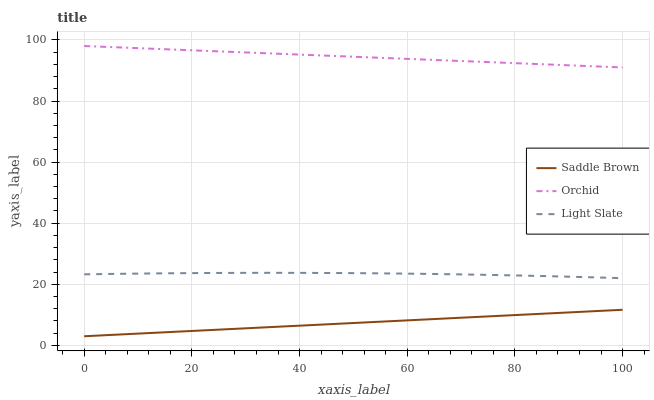
| xaxis_label | Saddle Brown | Orchid | Light Slate |
 | --- | --- | --- | --- |
 | 0 | 3 | 98 | 23.3 |
 | 5.88 | 3.51 | 97.6 | 23.4 |
 | 11.8 | 4.02 | 97.2 | 23.5 |
 | 17.6 | 4.53 | 96.8 | 23.6 |
 | 23.5 | 5.04 | 96.3 | 23.7 |
 | 29.4 | 5.55 | 95.9 | 23.7 |
 | 35.3 | 6.06 | 95.5 | 23.8 |
 | 41.2 | 6.57 | 95.1 | 23.7 |
 | 47.1 | 7.08 | 94.7 | 23.7 |
 | 52.9 | 7.59 | 94.3 | 23.6 |
 | 58.8 | 8.1 | 93.9 | 23.5 |
 | 64.7 | 8.61 | 93.5 | 23.4 |
 | 70.6 | 9.11 | 93 | 23.2 |
 | 76.5 | 9.62 | 92.6 | 23 |
 | 82.4 | 10.1 | 92.2 | 22.8 |
 | 88.2 | 10.6 | 91.8 | 22.6 |
 | 94.1 | 11.2 | 91.4 | 22.3 |
 | 100 | 11.7 | 91 | 22 |